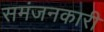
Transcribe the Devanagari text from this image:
समंजनकारी